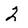
Character: 2